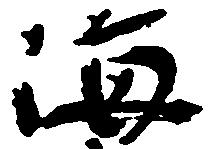
海